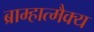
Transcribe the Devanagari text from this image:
ब्राम्हात्मैक्य